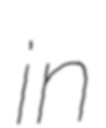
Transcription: in